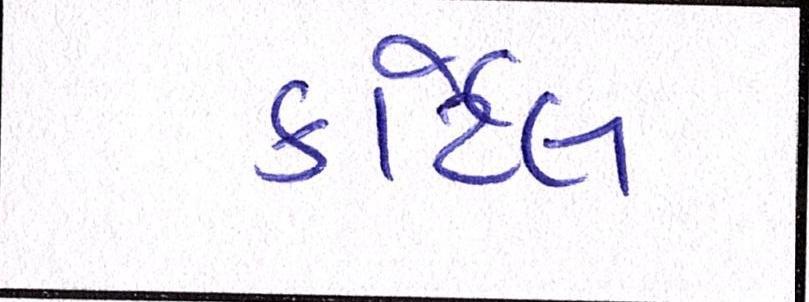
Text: કાર્ટેલ